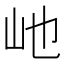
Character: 𪨥